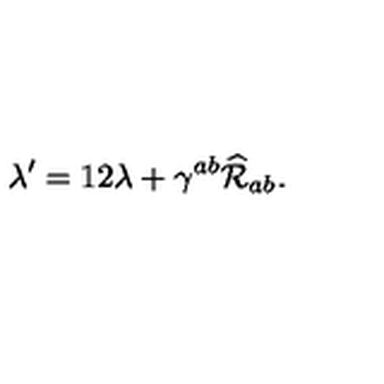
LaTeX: \lambda ^ { \prime } = 1 2 \lambda + \gamma ^ { a b } \widehat { \cal R } _ { a b } .